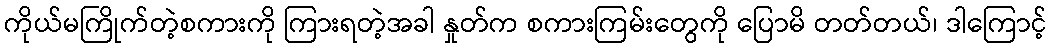
ကိုယ်မကြိုက်တဲ့စကားကို ကြားရတဲ့အခါ နှုတ်က စကားကြမ်းတွေကို ပြောမိ တတ်တယ်၊ ဒါကြောင့်